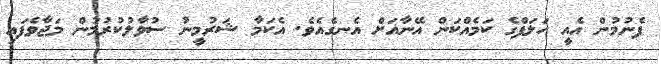
ފެނުމުން އެއީ ހަލަފްގެ ކަމެއްކަން އޭނާއަށް އެނގެއެވެ. އެކަމާ ޝަރުމީނު ސުވާލުކުރުމުން މަޖާވެފައި